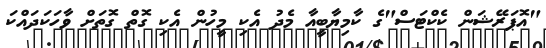
"އޮޕަރޭޝަން ކެކްޓަސް"ގެ ކާމިޔާބީއާ މެދު އެކި މީހުން އެކި ގޮތް ގޮތަށް ވާހަކަދައްކަ